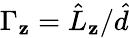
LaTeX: \Gamma_{\mathbf{z}}=\hat{{L}}_{\mathbf{z}}/\hat{{d}}